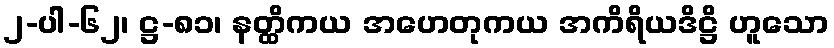
၂-ပါ-၆၂၊ ဋ္ဌ-၈၁၊ နတ္ထိကယ အဟေတုကယ အကိရိယဒိဋ္ဌိ ဟူသော